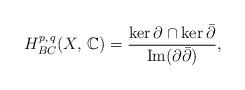
LaTeX: \begin{align*}H^{p,\,q} _{BC}(X ,\, \mathbb{C})= \frac{\ker \partial \cap \ker \bar\partial}{ \operatorname{Im}(\partial\bar\partial)},\end{align*}